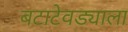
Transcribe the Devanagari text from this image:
बटाटेवड्याला